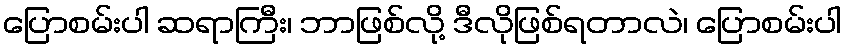
ပြောစမ်းပါ ဆရာကြီး၊ ဘာဖြစ်လို့ ဒီလိုဖြစ်ရတာလဲ၊ ပြောစမ်းပါ